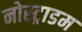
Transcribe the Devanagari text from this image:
नोस्ट्राडम